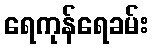
ရေကုန်ရေခမ်း